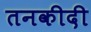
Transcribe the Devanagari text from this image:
तनकीदी